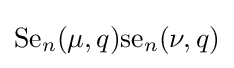
{\text{Se}}_{n}(\mu ,q){\text{se}}_{n}(\nu ,q)